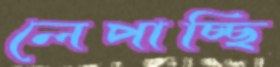
লেপাচ্ছি